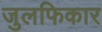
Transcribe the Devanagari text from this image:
जुलफिकार